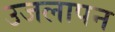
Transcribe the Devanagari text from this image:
उजलापन